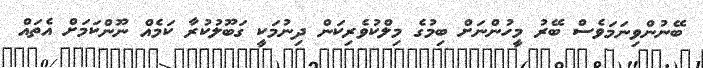
ބޭނުންވިނަމަވެސް ބޭރު މީހުންނަށް ބިމުގެ މިލްކުވެރިކަން ދިނުމަކީ ގަބޫލުކުރާ ކަމެއް ނޫންކަމަށް އެތައް